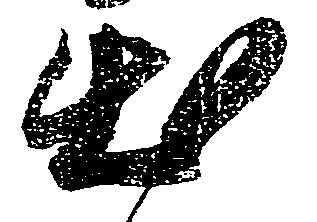
出